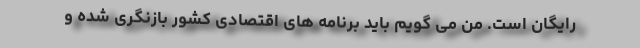
رایگان است. من می گویم باید برنامه های اقتصادی کشور بازنگری شده و